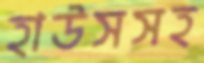
হাউসসহ